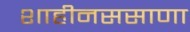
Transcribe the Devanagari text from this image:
शाहीनससाणा